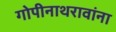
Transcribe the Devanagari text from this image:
गोपीनाथरावांना